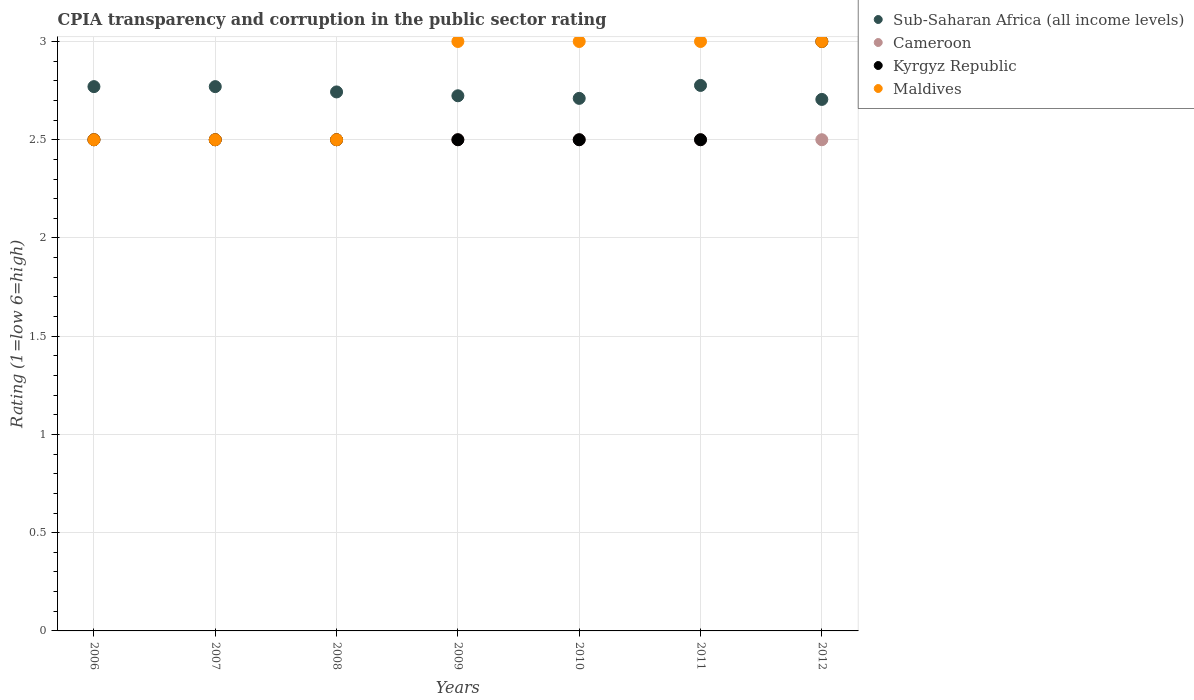
| Years | Sub-Saharan Africa (all income levels) | Cameroon | Kyrgyz Republic | Maldives |
 | --- | --- | --- | --- | --- |
 | 2006 | 2.77 | 2.5 | 2.5 | 2.5 |
 | 2007 | 2.77 | 2.5 | 2.5 | 2.5 |
 | 2008 | 2.74 | 2.5 | 2.5 | 2.5 |
 | 2009 | 2.72 | 2.5 | 2.5 | 3 |
 | 2010 | 2.71 | 2.5 | 2.5 | 3 |
 | 2011 | 2.78 | 2.5 | 2.5 | 3 |
 | 2012 | 2.71 | 2.5 | 3 | 3 |